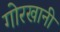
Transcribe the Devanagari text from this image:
गोरखानी